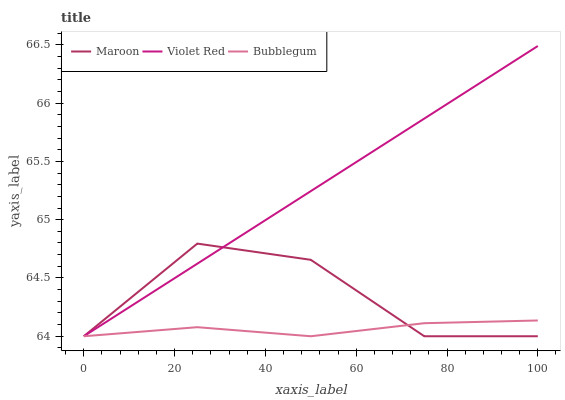
| xaxis_label | Maroon | Violet Red | Bubblegum |
 | --- | --- | --- | --- |
 | 0 | 64 | 64 | 64 |
 | 25 | 64.8 | 64.6 | 64.1 |
 | 50 | 64.7 | 65.2 | 64 |
 | 75 | 64 | 65.9 | 64.1 |
 | 100 | 64 | 66.5 | 64.1 |